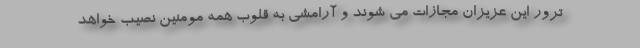
ترور این عزیزان مجازات می شوند و آرامشی به قلوب همه مومنین نصیب خواهد